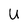
Character: U